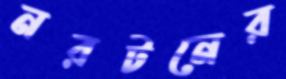
নরটনের